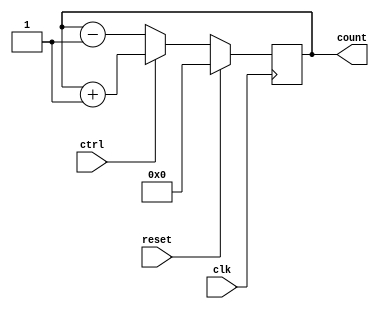
module bidcounter(count,clk,ctrl,reset);
	input clk,reset,ctrl;
	output reg [3:0] count;
	always@(posedge clk)
		begin
		if(reset) count<=0;
		else if(ctrl) count<=count+1;
		else count<=count-1;
	end
endmodule